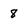
Character: 8